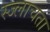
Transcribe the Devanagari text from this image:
स्ज्लाचता